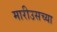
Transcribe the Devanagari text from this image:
मारीउसच्या